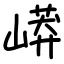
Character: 㟿